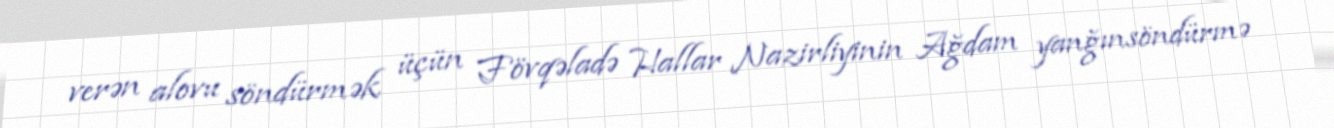
verən alovu söndürmək üçün Fövqəladə Hallar Nazirliyinin Ağdam yanğınsöndürmə